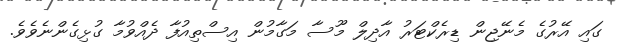
ގައި އޭރުގެ މެނޭޖިން ޑިރެކްޓަރު އާދިލް މޫސާ މަގާމުން އިސްތިއުފާ ދެއްވުމާ ގުޅިގެންނެވެވެ.